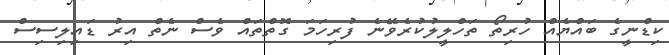
ކިޑްނީގެ ބައްޔެއް ހުރިތޯ ތަހްލީލުކުރެވޭނެ ފުރިހަމަ ގޮތްތައް ވެސް ނެތް އިރު ޑައިލިސިސް